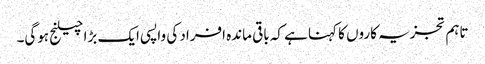
تاہم تجزیہ کاروں کا کہنا ہے کہ باقی ماندہ افراد کی واپسی ایک بڑا چیلنج ہوگی۔